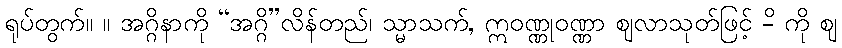
ရုပ်တွက်။ ။ အဂ္ဂိနာကို “အဂ္ဂိ”လိန်တည်၊ သ္မာသက်, ဣဝဏ္ဏုဝဏ္ဏာ ဈလာသုတ်ဖြင့် -ိ ကို ဈ